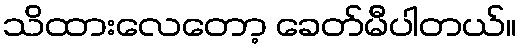
သိထားလေတော့ ခေတ်မီပါတယ်။